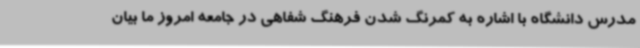
مدرس دانشگاه با اشاره به کمرنگ شدن فرهنگ شفاهی در جامعه امروز ما بیان